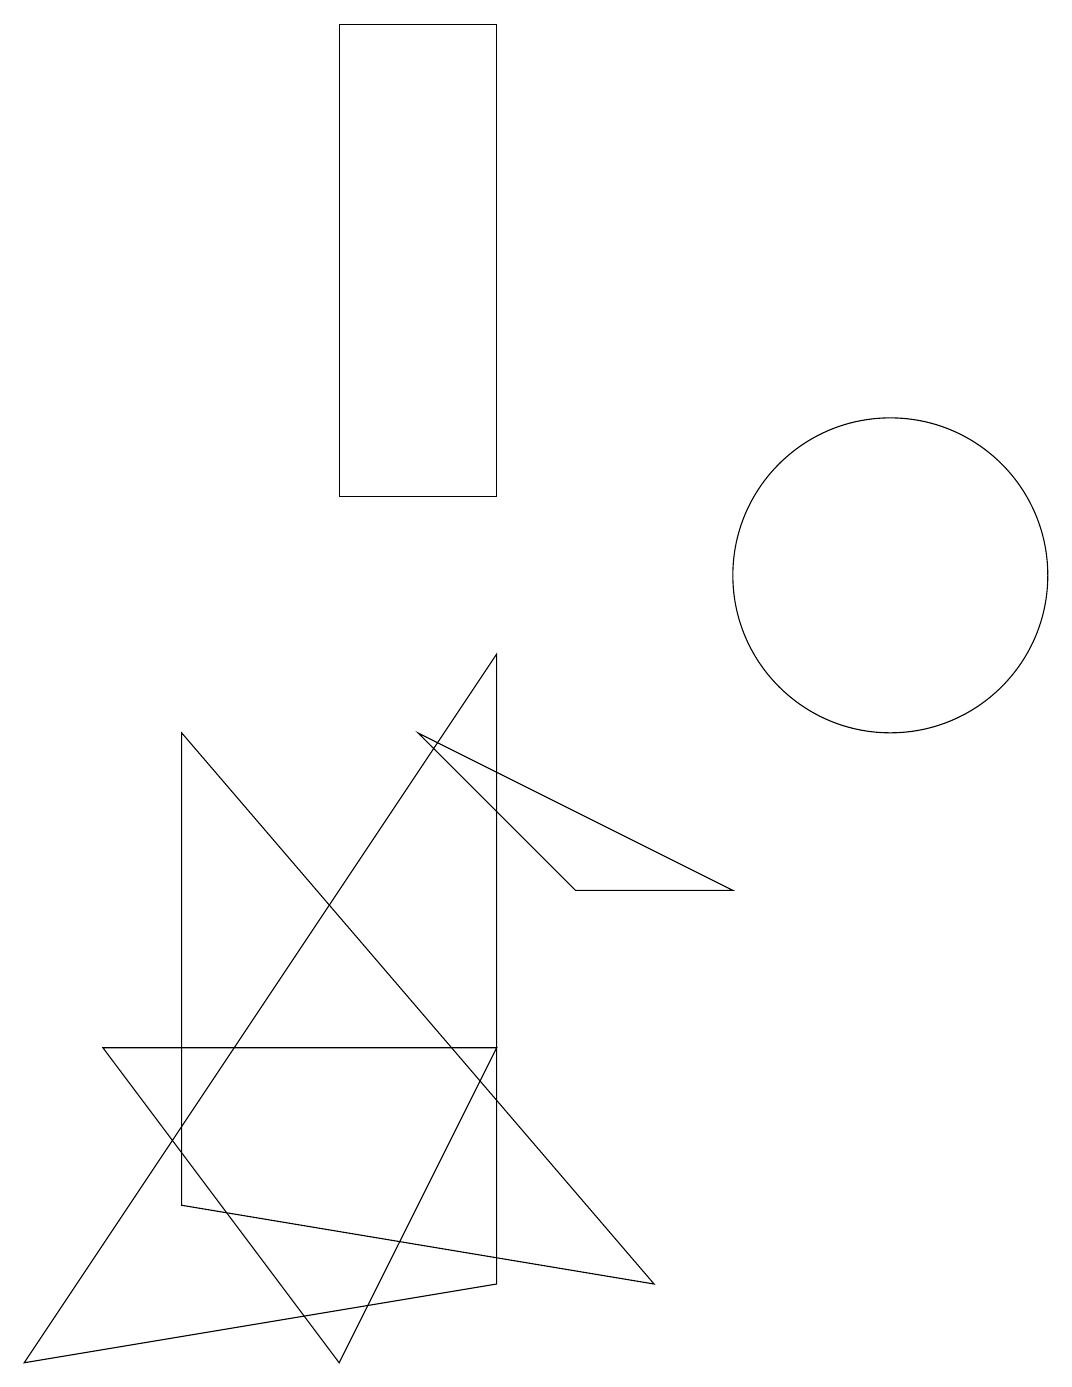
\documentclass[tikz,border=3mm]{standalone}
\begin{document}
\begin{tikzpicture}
\draw (6,1) -- (0,0) -- (6,9) -- cycle;
\draw (4,0) -- (6,4) -- (1,4) -- cycle;
\draw (5,8) -- (9,6) -- (7,6) -- cycle;
\draw (2,8) -- (8,1) -- (2,2) -- cycle;
\draw (6,11) rectangle (4,17);
\draw (11,10) circle (2);
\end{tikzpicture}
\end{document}